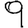
Digit: 9